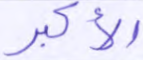
الأكبر